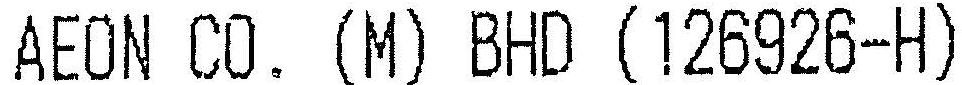
AEON CO. (M) BHD (126926-H)